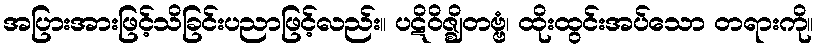
အပြားအားဖြင့်သိခြင်းပညာဖြင့်လည်း။ ပဋိဝိဇ္ဈိတဗ္ဗံ၊ ထိုးထွင်းအပ်သော တရားကို။